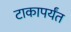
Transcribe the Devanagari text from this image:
टाकापर्यंत